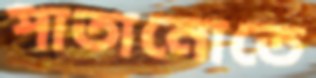
পাতানোতে